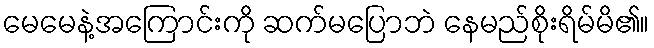
မေမေနဲ့အကြောင်းကို ဆက်မပြောဘဲ နေမည်စိုးရိမ်မိ၏။